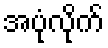
အပုံလိုက်